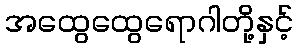
အထွေထွေရောဂါတို့နှင့်